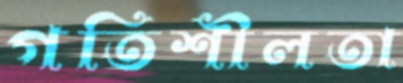
গতিশীলতা